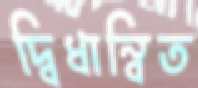
দ্বিধান্বিত